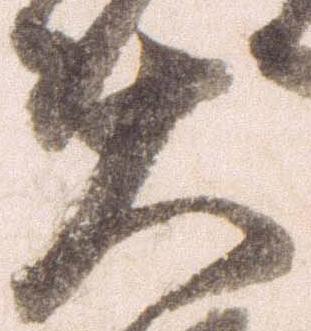
大